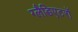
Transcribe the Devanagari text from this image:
ग्लैडिएटरों